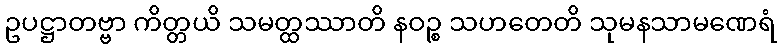
ဥပဋ္ဌာတဗ္ဗာ ကိတ္တယိ သမတ္ထဿာတိ နဝဉ္စ သဟတေတိ သုမနသာမဏေရံ